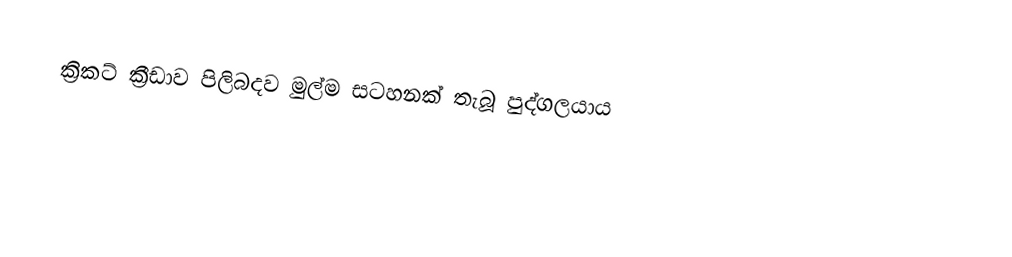
ක්‍රිකට් ක්‍රීඩාව පිලිබදව මුල්ම සටහනක් තැබූ පුද්ගලයාය